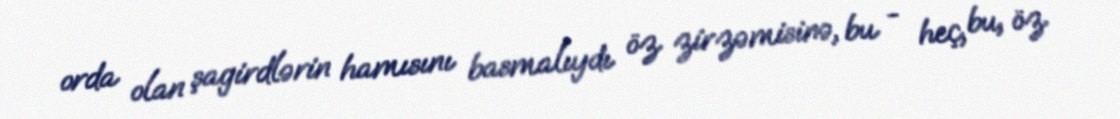
orda olan şagirdlərin hamısını basmalıydı öz zirzəmisinə, bu - heç, bu, öz